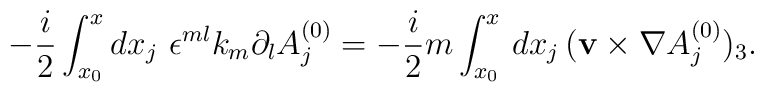
- \frac{i}{2}  \int_{x_0}^x dx_j \,\,\epsilon^{ml} k_m \partial_lA^{(0)}_j = -\frac{i}{2}m \int_{x_0}^x \,dx_j \, ({\bf v} \times\nabla A^{(0)}_j)_3.